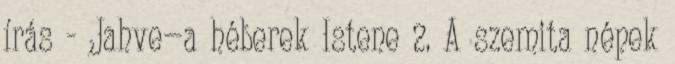
írás - Jahve—a héberek Istene 2. A szemita népek